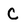
Character: C